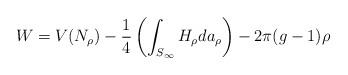
LaTeX: \begin{align*}W = V(N_\rho) - \frac{1}{4}\left(\int_{S_\infty}H_\rho da_\rho\right) - 2\pi(g-1) \rho\end{align*}